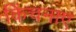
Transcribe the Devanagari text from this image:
किंचनाए